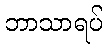
ဘာသာရပ်